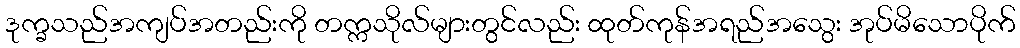
ဒုက္ခသည်အကျပ်အတည်းကို တက္ကသိုလ်များတွင်လည်း ထုတ်ကုန်အရည်အသွေး အုပ်မိသောပိုက်